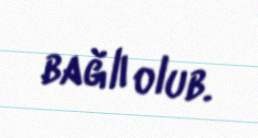
bağlı olub.